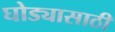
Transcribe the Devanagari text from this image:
घोड्यासाठी